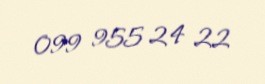
099 955 24 22